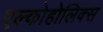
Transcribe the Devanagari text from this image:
एल्कोहोलिक्स